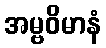
အမ္ဗဝိမာနံ